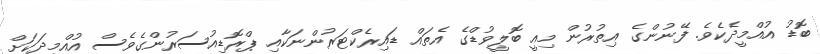
ބޮޑު އުއްމީދެކެވެ. ފޭނުންގެ އިތުރުން މިއީ ބޮލީވުޑްގެ އެތައް ޑައިރެކްޓަރުންނަކާއި ޕްރޮޑިއުސަރުންގެވެސް އުއްމީދަކަށް